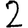
Digit: 2